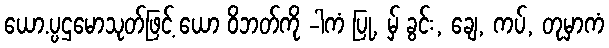
ယော.ပ္ပဌမောသုတ်ဖြင့် ယော ဝိဘတ်ကို -ါကံ ပြု, မ်ှ ခွင်း, ချေ, ကပ်, တုမှာကံ